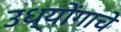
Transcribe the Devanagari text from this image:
उध्योंगाचे